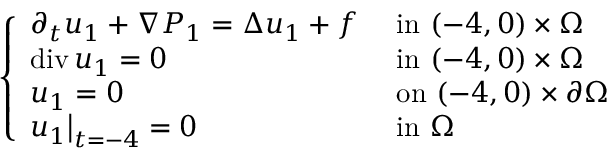
\begin{array} { r } { \left\{ \begin{array} { l l } { \partial _ { t } u _ { 1 } + \nabla P _ { 1 } = \Delta u _ { 1 } + f } & { \mathrm { ~ i n ~ } ( - 4 , 0 ) \times \Omega } \\ { \operatorname { d i v } u _ { 1 } = 0 } & { \mathrm { ~ i n ~ } ( - 4 , 0 ) \times \Omega } \\ { u _ { 1 } = 0 } & { \mathrm { ~ o n ~ } ( - 4 , 0 ) \times \partial \Omega } \\ { u _ { 1 } \bigr \rvert _ { t = - 4 } = 0 } & { \mathrm { ~ i n ~ } \Omega } \end{array} \right. } \end{array}